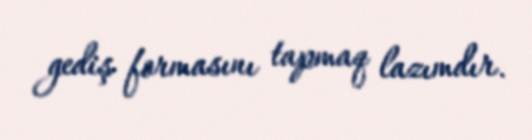
gediş formasını tapmaq lazımdır.